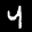
Label: 4